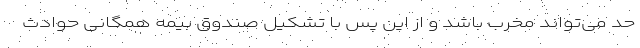
حد می‌تواند مخرب باشد و از این پس با تشکیل صندوق بیمه همگانی حوادث